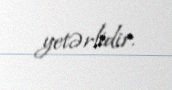
yetərlidir.